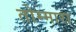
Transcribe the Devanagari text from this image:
तोम्मारा